Vaccine operations Central Provinces & Berar 1912-1920 - 1912-1920
Year: 1912
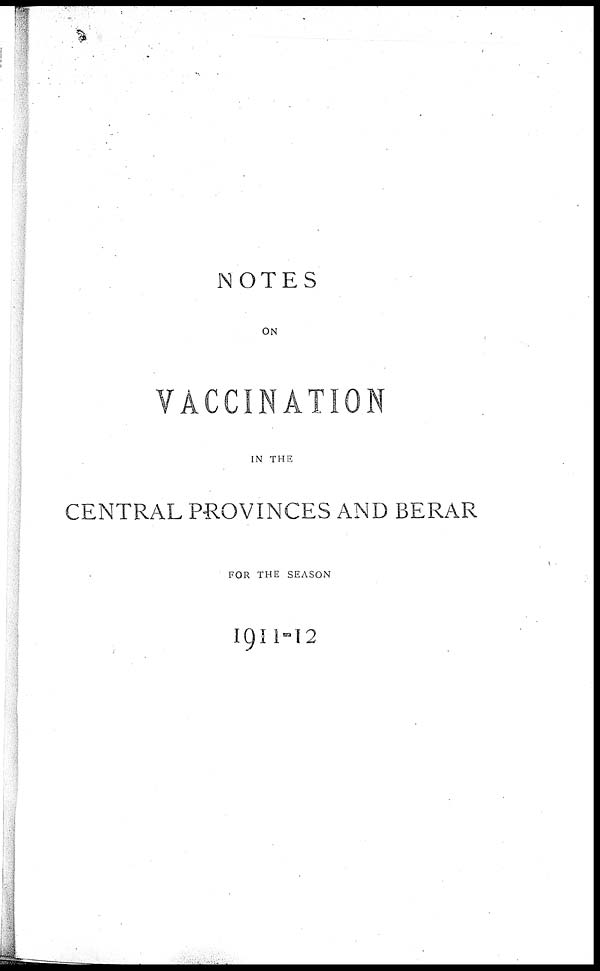
NOTES
ON
VACCINATION
IN THE
CENTRAL PROVINCES AND BERAR
FOR THE SEASON
1911-12